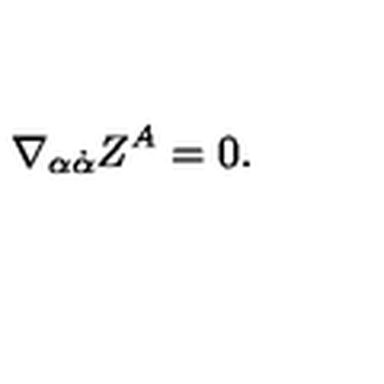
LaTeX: \nabla _ { \alpha \dot { \alpha } } Z ^ { A } = 0 .